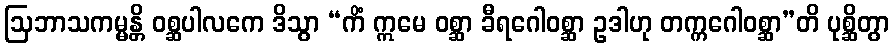
ဩဘာသကမ္မန္တိ ဝစ္ဆပါလကေ ဒိသွာ “ကိံ ဣမေ ဝစ္ဆာ ခီရဂေါဝစ္ဆာ ဥဒါဟု တက္ကဂေါဝစ္ဆာ”တိ ပုစ္ဆိတွာ